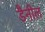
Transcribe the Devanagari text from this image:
डैनील